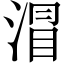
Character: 㴘